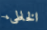
الخاطىء